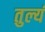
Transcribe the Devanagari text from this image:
तुल्यं